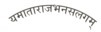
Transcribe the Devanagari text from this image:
यमाताराजभनसलगम्